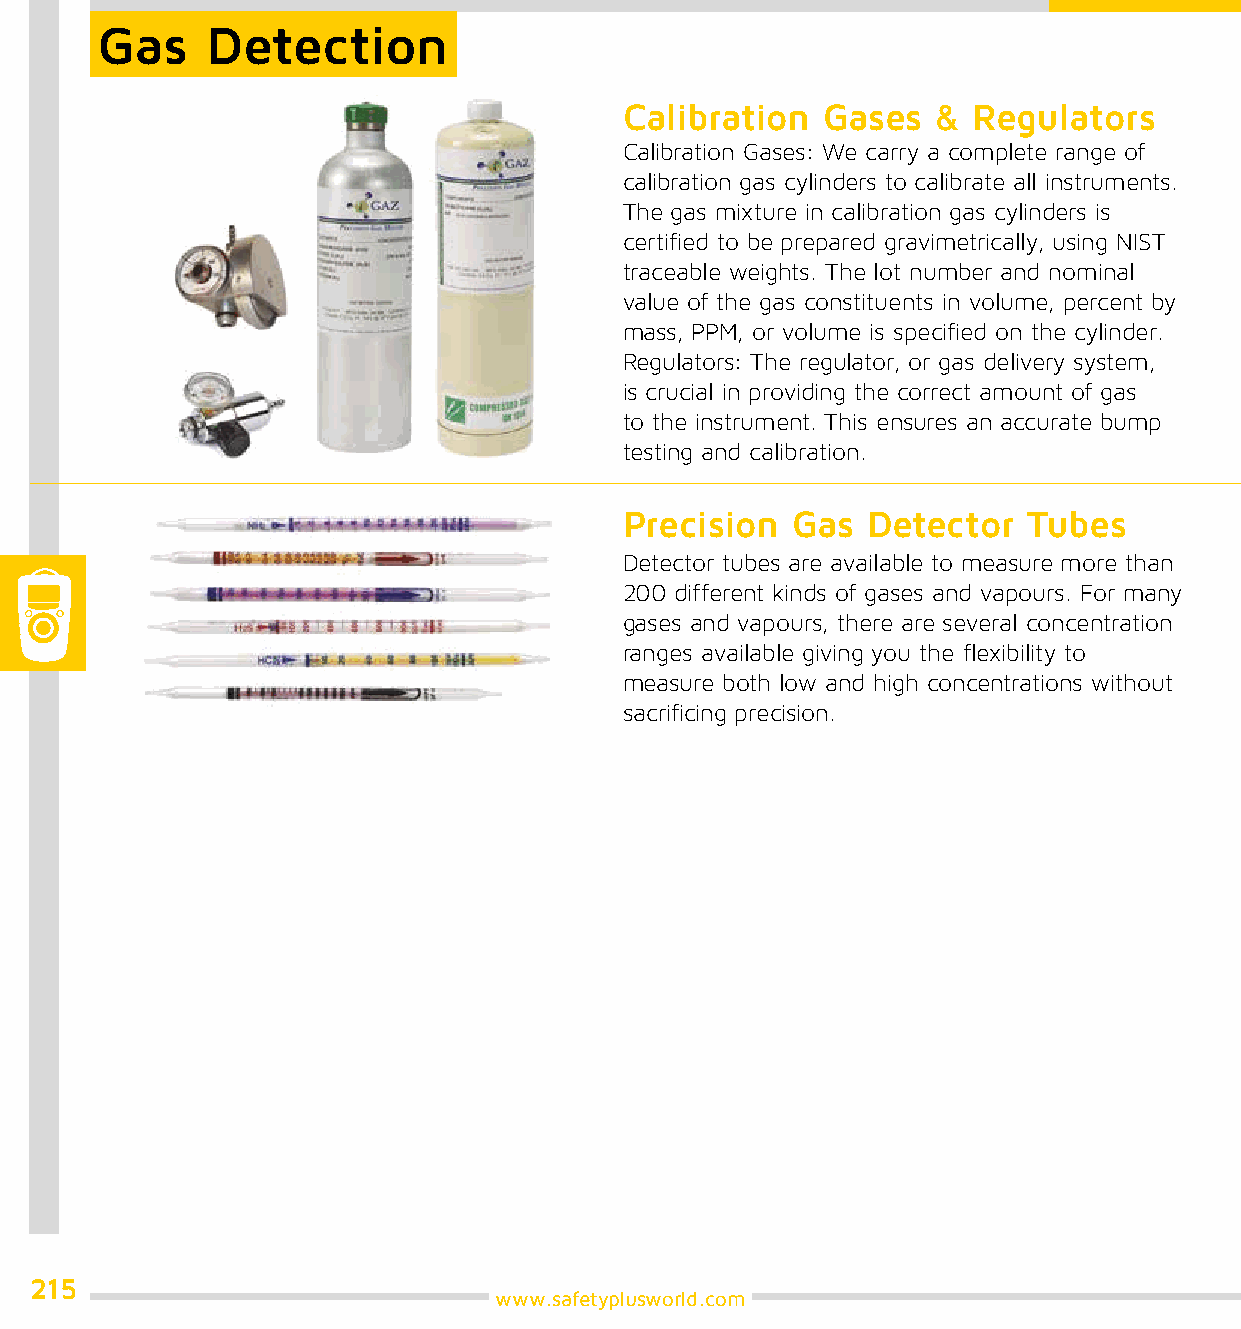
Gas     Detection
 Calibration  Gases   & Regulators
 Calibration Gases: We carry a complete range of
 calibration gas cylinders to calibrate all instruments.
 The gas mixture in calibration gas cylinders is
 certified to be prepared gravimetrically, using NIST
 traceable weights. The lot number and nominal
 value of the gas constituents in volume, percent by
 mass, PPM, or volume is specified on the cylinder.
 Regulators: The regulator, or gas delivery system,
 is crucial in providing the correct amount of gas
 to the instrument. This ensures an accurate bump
 testing and calibration.
 Precision  Gas  Detector   Tubes
 Detector tubes are available to measure more than
 200 different kinds of gases and vapours. For many
 gases and vapours, there are several concentration
 ranges available giving you the flexibility to
 measure both low and high concentrations without
 sacrificing precision.
 215
 www.safetyplusworld.com